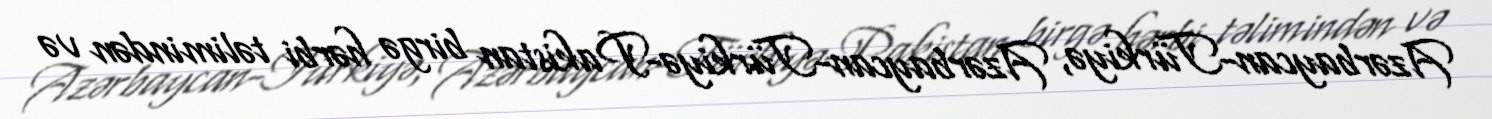
Azərbaycan-Türkiyə, Azərbaycan-Türkiyə-Pakistan birgə hərbi təlimindən və